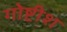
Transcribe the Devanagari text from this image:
गोष्टीश